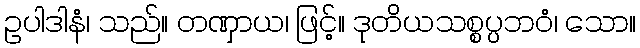
ဥပါဒါနံ၊ သည်။ တဏှာယ၊ ဖြင့်။ ဒုတိယသစ္စပ္ပဘဝံ၊ သော။